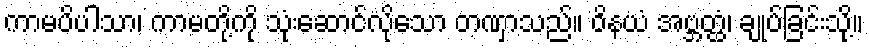
ကာမပိပါသာ၊ ကာမတို့ကို သုံးဆောင်လိုသော တဏှာသည်။ ဝိနယံ အဗ္ဘတ္ထံ၊ ချုပ်ခြင်းသို့။